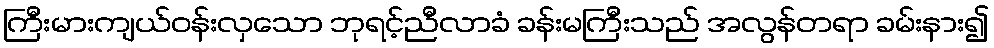
ကြီးမားကျယ်ဝန်းလှသော ဘုရင့်ညီလာခံ ခန်းမကြီးသည် အလွန်တရာ ခမ်းနား၍